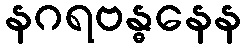
နဂရဗန္ဓနေန